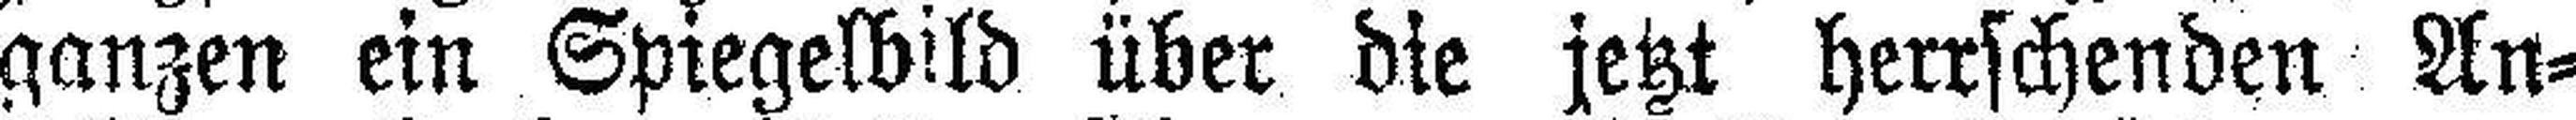
ganzen ein Spiegelbild über die jetzt herrschenden An¬